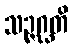
သဉ္ဇဂ္ဃတိ